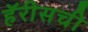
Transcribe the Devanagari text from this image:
हॅरीसची